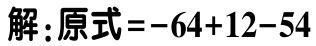
解：原式\(=-64 + 12 - 54\)